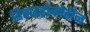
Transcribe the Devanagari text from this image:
डिहाइड्रोकोडीन